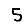
Digit: 5